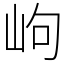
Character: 岣